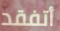
أتفقد